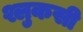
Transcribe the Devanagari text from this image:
श्लुकसी